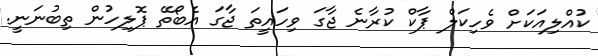
ކުއްލިއަކަށް ވެހިކަލް ޕާކް ކުރާނެ ޖާގަ ވިހައީތަ ޖާގަ އެބޯތޭ ޕޮލިހުން ތިބުނަނީ.